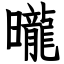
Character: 曨